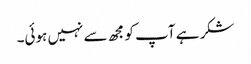
شکر ہے آپ کو مجھ سے نہیں ہوئی۔